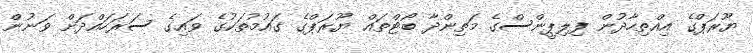
ޔޫރަޕްގެ އިއްތިހާދުން ފިލިޕީންސްގެ މަތިންދާ ބޯޓްތައް ޔޫރަޕްގެ ގައުމުތަކުގެ ވައިގެ ސަރަހައްދަށް ވަނުން